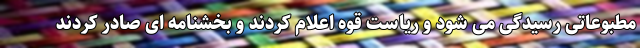
مطبوعاتی رسیدگی می شود و ریاست قوه اعلام کردند و بخشنامه ای صادر کردند